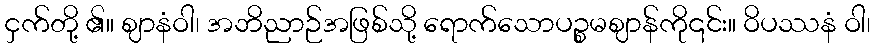
ငှက်တို့ ၏။ ဈာနံဝါ၊ အဘိညာဉ်အဖြစ်သို့ ရောက်သောပဉ္စမဈာန်ကို၎င်း။ ဝိပဿနံ ဝါ၊